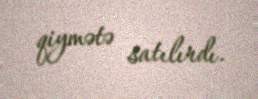
qiymətə satılırdı.